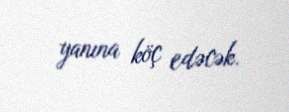
yanına köç edəcək.